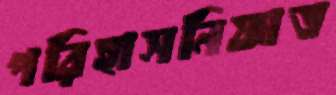
পরিহাসনিষ্ণাত